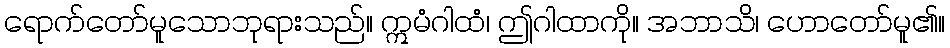
ရောက်တော်မူသောဘုရားသည်။ ဣမံဂါထံ၊ ဤဂါထာကို။ အဘာသိ၊ ဟောတော်မူ၏။